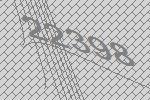
22398